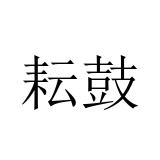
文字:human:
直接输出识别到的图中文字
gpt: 耘鼓